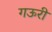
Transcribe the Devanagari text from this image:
गऊरी